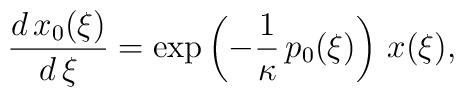
\frac{d\,x_0(\xi)}{d\,\xi} = \exp\left(- \frac1\kappa \,p_0(\xi) \right) \,  x(\xi),